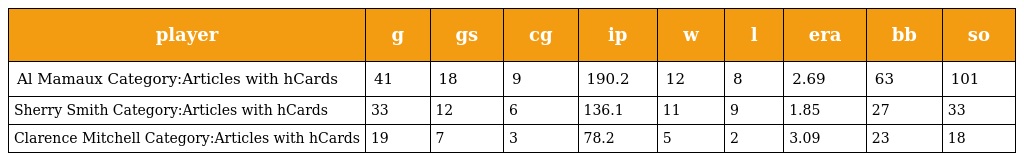
| player | g | gs | cg | ip | w | l | era | bb | so |
 | --- | --- | --- | --- | --- | --- | --- | --- | --- | --- |
 | Al Mamaux Category:Articles with hCards | 41 | 18 | 9 | 190.2 | 12 | 8 | 2.69 | 63 | 101 |
 | Sherry Smith Category:Articles with hCards | 33 | 12 | 6 | 136.1 | 11 | 9 | 1.85 | 27 | 33 |
 | Clarence Mitchell Category:Articles with hCards | 19 | 7 | 3 | 78.2 | 5 | 2 | 3.09 | 23 | 18 |